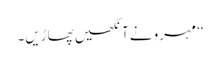
‘‘ مہرو نے آنکھیں پھاڑیں۔